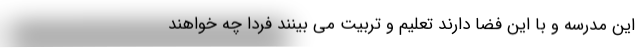
این مدرسه و با این فضا دارند تعلیم و تربیت می بینند فردا چه خواهند